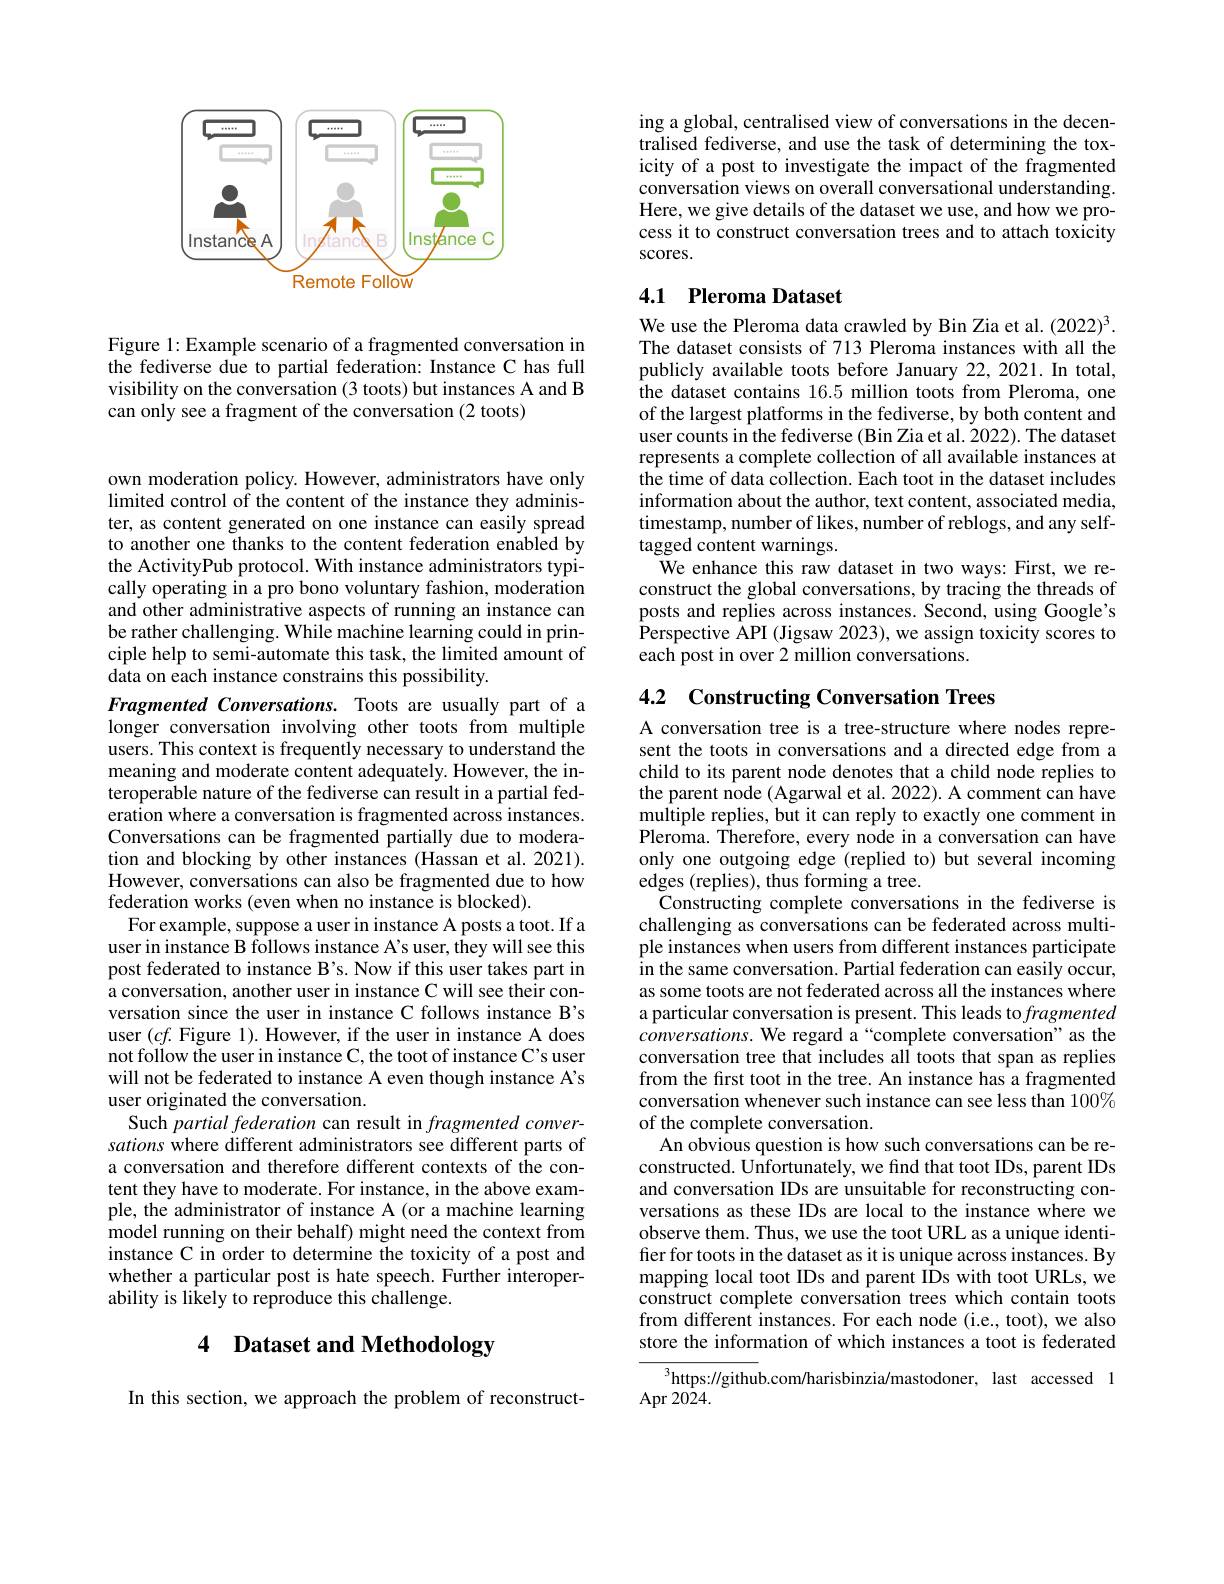
<FigureHere>

Figure 1: Example scenario of a fragmented conversation in the fediverse due to partial federation: Instance C has full visibility on the conversation (3 toots) but instances A and B can only see a fragment of the conversation (2 toots)

own moderation policy. However, administrators have only limited control of the content of the instance they administer, as content generated on one instance can easily spread to another one thanks to the content federation enabled by the ActivityPub protocol. With instance administrators typically operating in a pro bono voluntary fashion, moderation and other administrative aspects of running an instance can be rather challenging. While machine learning could in principle help to semi-automate this task, the limited amount of data on each instance constrains this possibility.
Fragmented Conversations. Toots are usually part of a longer conversation involving other toots from multiple users. This context is frequently necessary to understand the meaning and moderate content adequately. However, the interoperable nature of the fediverse can result in a partial federation where a conversation is fragmented across instances. Conversations can be fragmented partially due to moderation and blocking by other instances (Hassan et al. 2021). However, conversations can also be fragmented due to how federation works (even when no instance is blocked).
For example, suppose a user in instance A posts a toot. If a user in instance B follows instance A's user, they will see this post federated to instance B's. Now if this user takes part in a conversation, another user in instance C will see their conversation since the user in instance C follows instance B's user $(cf.$Figure 1). However, if the user in instance A does not follow the user in instance C, the toot of instance C's user will not be federated to instance A even though instance A's user originated the conversation.
Such partial federation can result in fragmented conversations where different administrators see different parts of a conversation and therefore different contexts of the content they have to moderate. For instance, in the above example, the administrator of instance A (or a machine learning model running on their behalf) might need the context from instance C in order to determine the toxicity of a post and whether a particular post is hate speech. Further interoperability is likely to reproduce this challenge.

# 4 Dataset and Methodology

In this section, we approach the problem of reconstruct-

ing a global, centralised view of conversations in the decentralised fediverse, and use the task of determining the toxicity of a post to investigate the impact of the fragmented conversation views on overall conversational understanding. Here, we give details of the dataset we use, and how we process it to construct conversation trees and to attach toxicity scores.

## 4.1 Pleroma Dataset

We use the Pleroma data crawled by Bin Zia et al. (2022)$^{3}.$ The dataset consists of 713 Pleroma instances with all the publicly available toots before January 22, 2021. In total, the dataset contains 16.5 million toots from Pleroma, one of the largest platforms in the fediverse, by both content and user counts in the fediverse (Bin Zia et al. 2022). The dataset represents a complete collection of all available instances at $\hat{\text{the time of data collection. Each toot in the dataset includes}}$ information about the author, text content, associated media, timestamp, number of likes, number of reblogs, and any selftagged content warnings.
We enhance this raw dataset in two ways: First, we reconstruct the global conversations, by tracing the threads of posts and replies across instances. Second, using Google's Perspective API (Jigsaw 2023), we assign toxicity scores to each post in over 2 million conversations.

## 4.2 Constructing Conversation Trees

A conversation tree is a tree-structure where nodes represent the toots in conversations and a directed edge from a child to its parent node denotes that a child node replies to the parent node (Agarwal et al. 2022). A comment can have multiple replies, but it can reply to exactly one comment in Pleroma. Therefore, every node in a conversation can have only one outgoing edge (replied to) but several incoming edges (replies), thus forming a tree.
Constructing complete conversations in the fediverse is challenging as conversations can be federated across multiple instances when users from different instances participate in the same conversation. Partial federation can easily occur, as some toots are not federated across all the instances where a particular conversation is present. This leads to fragmented $conversations.$ We regard a“complete conversation" as the conversation tree that includes all toots that span as replies from the first toot in the tree. An instance has a fragmented conversation whenever such instance can see less than $100\%$ of the complete conversation.
An obvious question is how such conversations can be reconstructed. Unfortunately, we find that toot IDs, parent IDs and conversation IDs are unsuitable for reconstructing conversations as these IDs are local to the instance where we observe them. Thus, we use the toot URL as a unique identifer for toots in the dataset as it is unique across instances. By mapping local toot IDs and parent IDs with toot URLs, we construct complete conversation trees which contain toots from different instances. For each node (i.e., toot), we also store the information of which instances a toot is federated
$^{3}$https://github.com/harisbinzia/mastodoner, last accessed 1

$\operatorname{Apr}2024.$